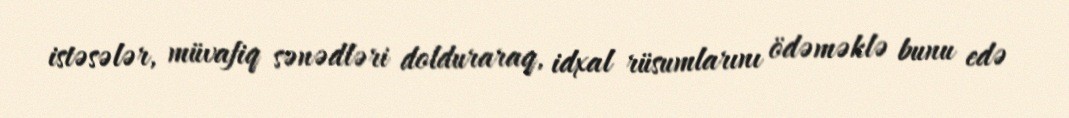
istəsələr, müvafiq sənədləri dolduraraq, idxal rüsumlarını ödəməklə bunu edə